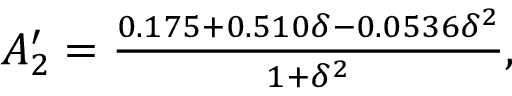
\begin{array} { r } { A _ { 2 } ^ { \prime } = \frac { 0 . 1 7 5 + 0 . 5 1 0 \delta - 0 . 0 5 3 6 \delta ^ { 2 } } { 1 + \delta ^ { 2 } } , } \end{array}